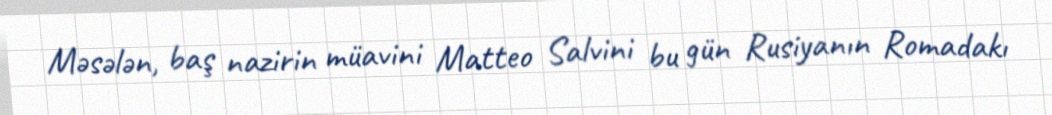
Məsələn, baş nazirin müavini Matteo Salvini bu gün Rusiyanın Romadakı